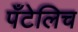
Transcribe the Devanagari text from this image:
पँटेलिच